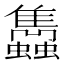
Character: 𧕲